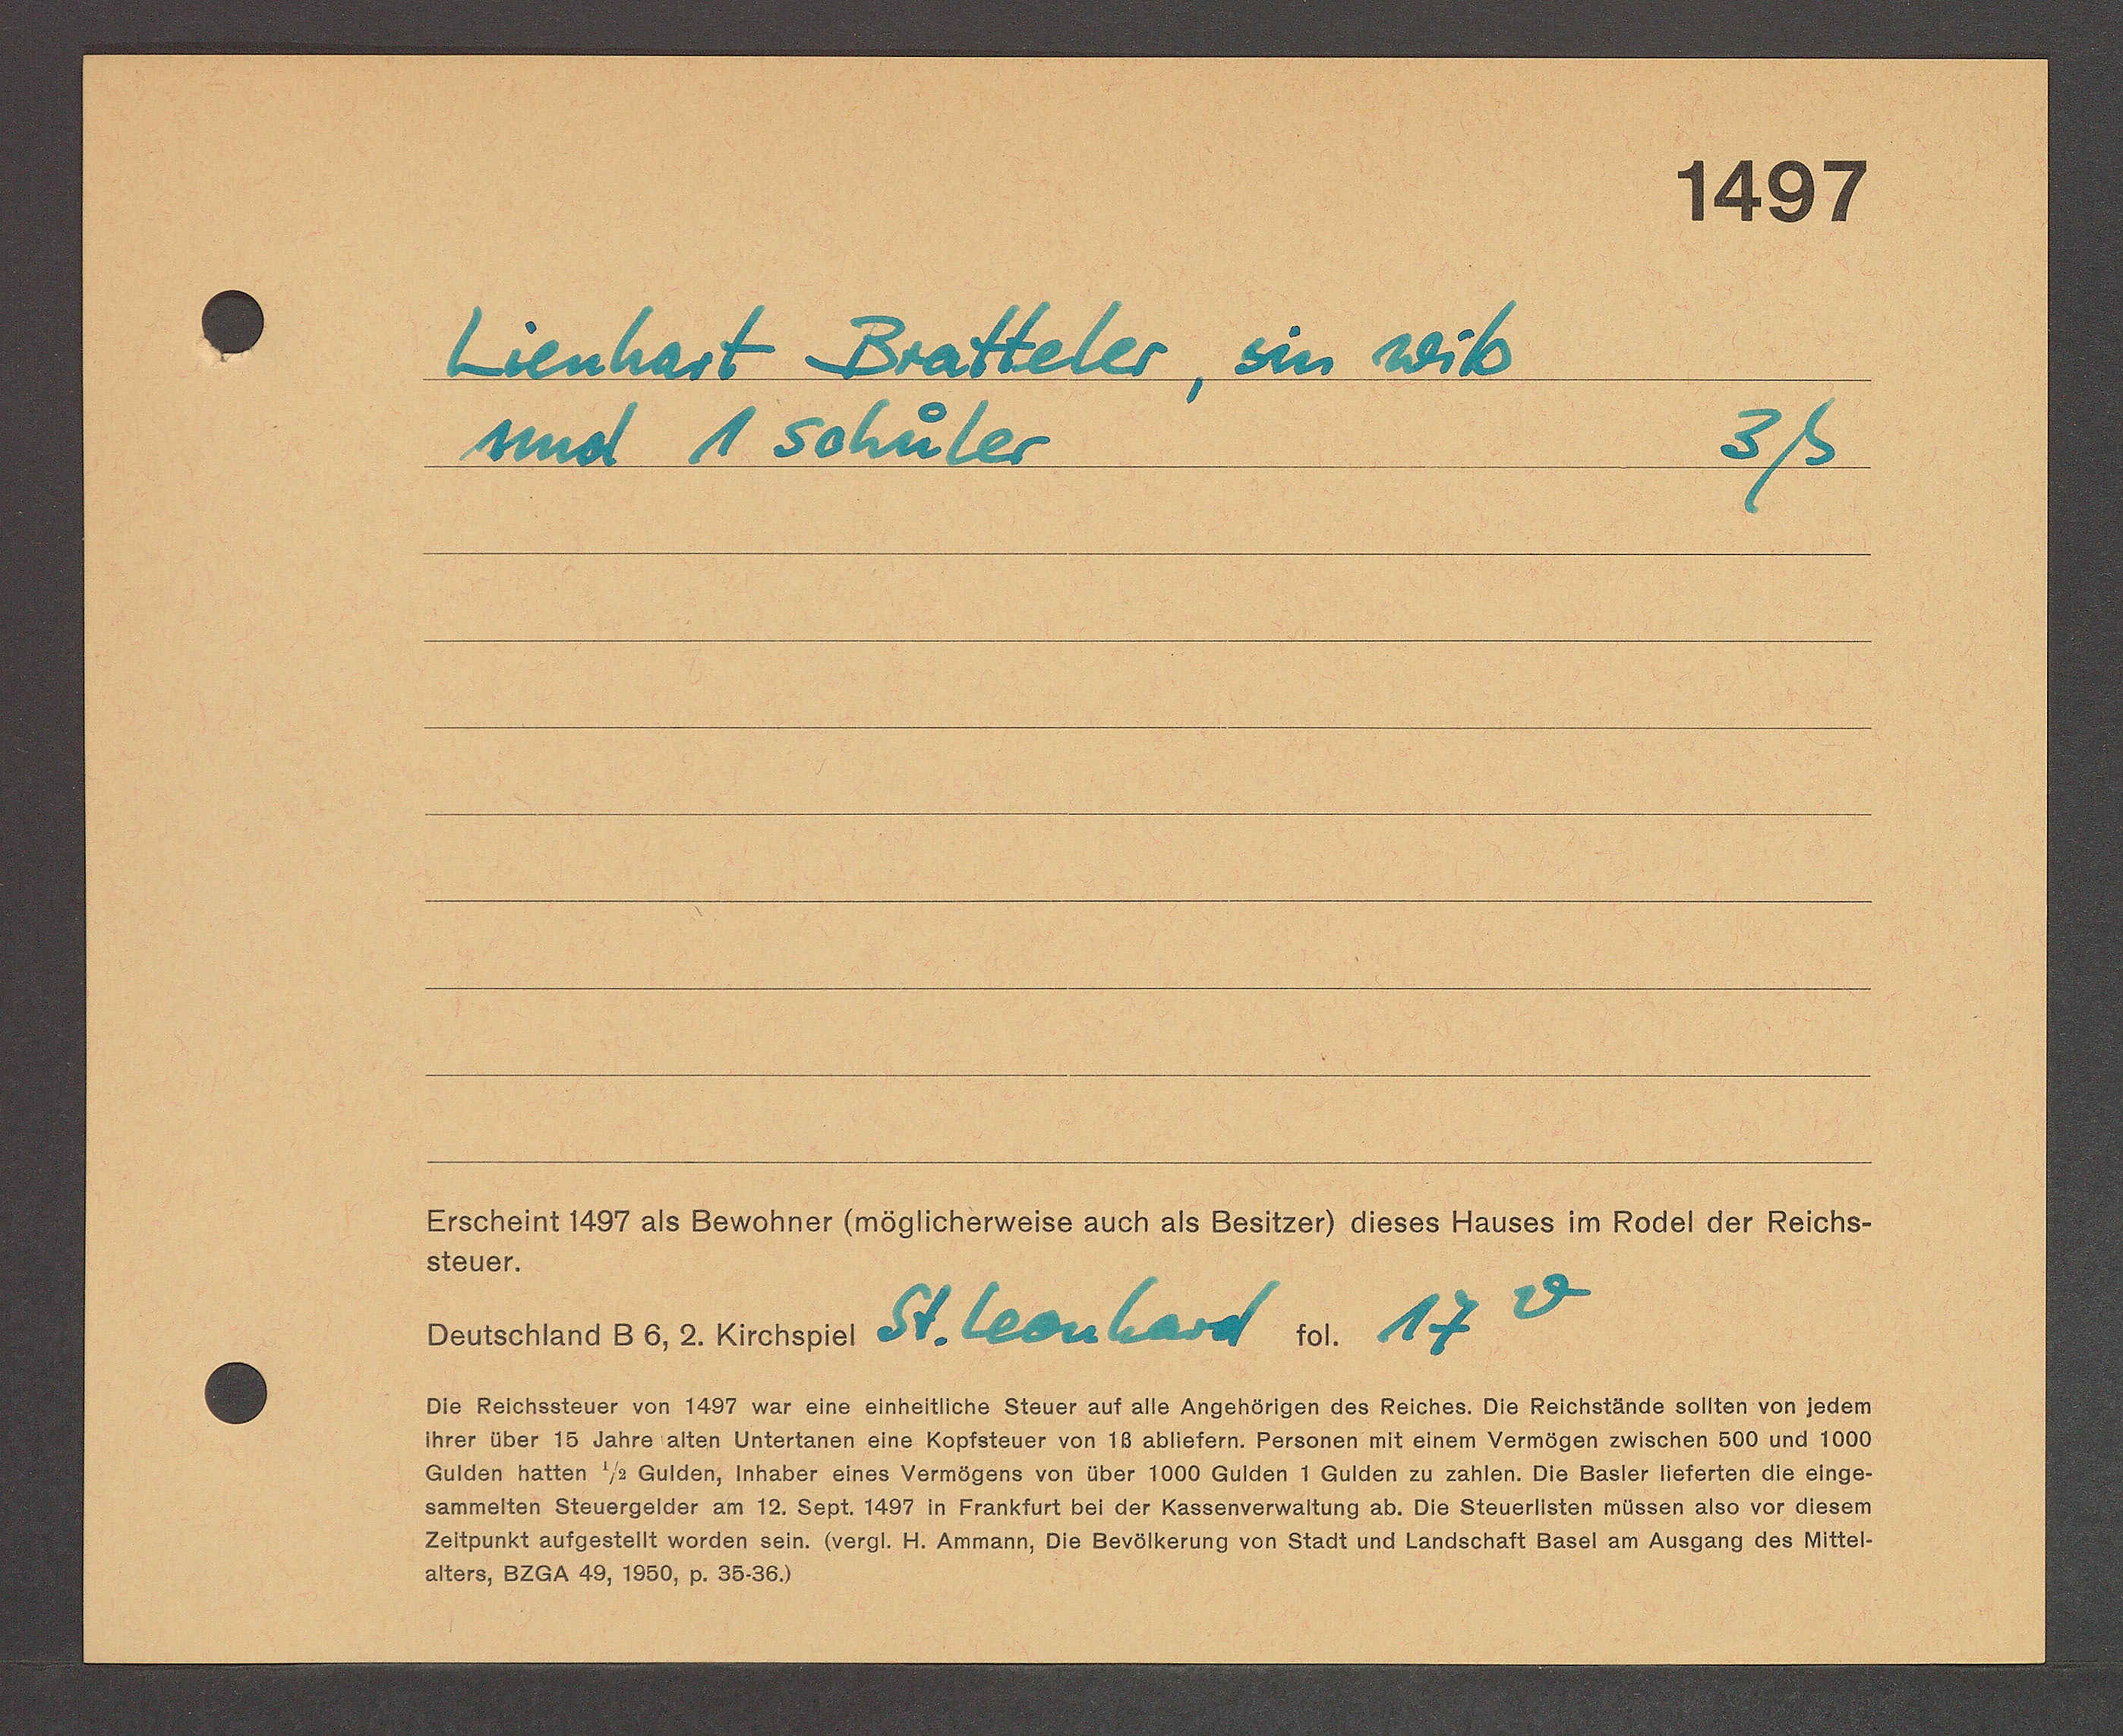
Transcript:
1497

Lienhart Bratteler
und 1 sohüler
sin Wib
3ß